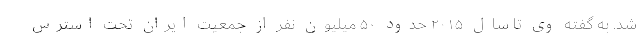
شد. به گفته وی تا سال ۲۰۱۵ حدود ۵۰ میلیون نفر از جمعیت ایران تحت استرس